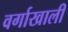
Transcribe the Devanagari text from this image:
वर्गाखाली